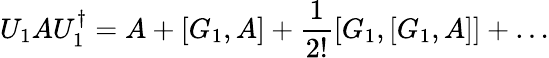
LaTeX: U_{1}AU_{1}^{\dagger}=A+[G_{1},A]+\frac{1}{2!}[G_{1},[G_{1},A]]+\ldots